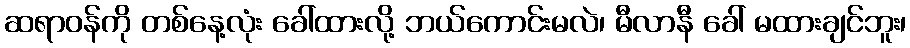
ဆရာဝန်ကို တစ်နေ့လုံး ခေါ်ထားလို့ ဘယ်ကောင်းမလဲ၊ မီလာနီ ခေါ် မထားချင်ဘူး၊